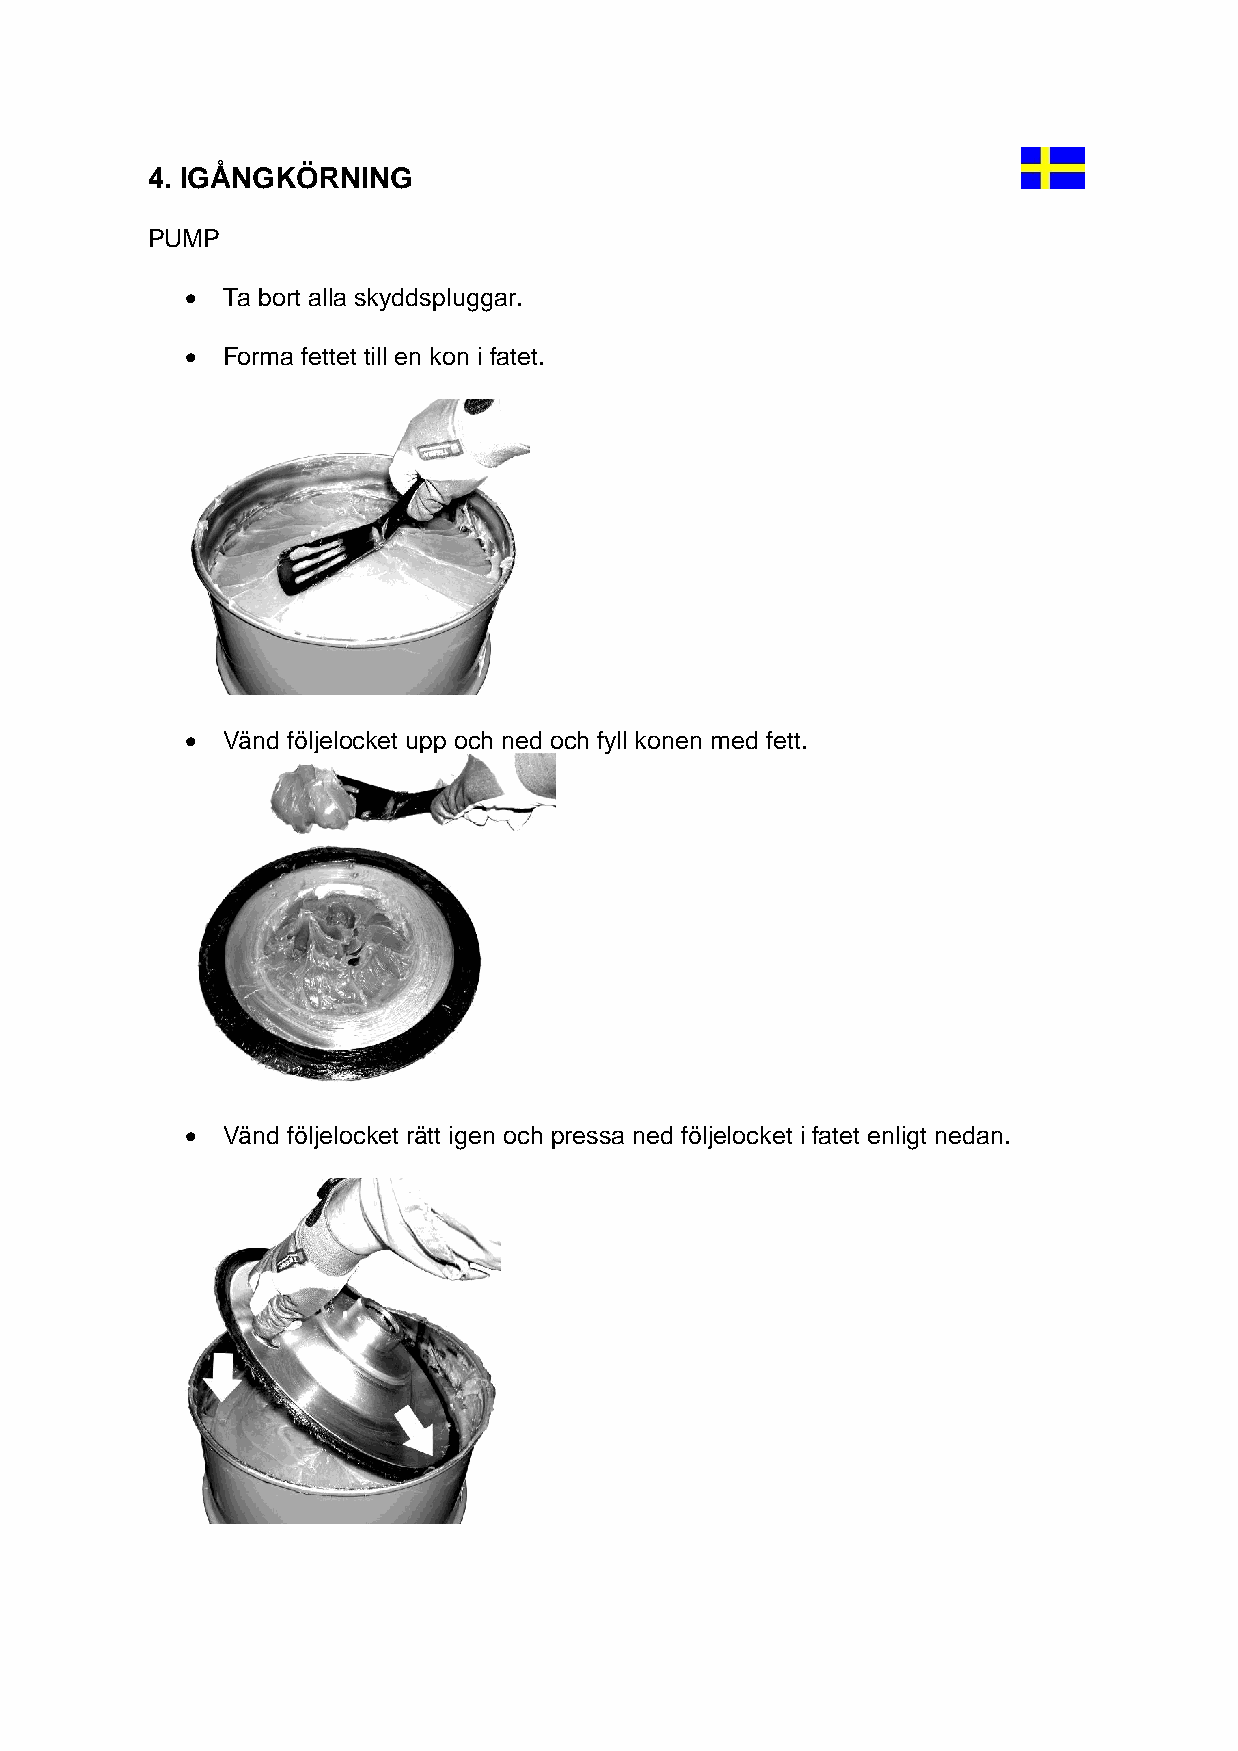
4. IGÅNGKÖRNING
 PUMP
 •  Ta bort alla skyddspluggar.
 •  Forma fettet till en kon i fatet.
 •  Vänd följelocket upp och ned och fyll konen med fett.
 •  Vänd följelocket rätt igen och pressa ned följelocket i fatet enligt nedan.